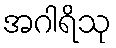
အဂါရိသု